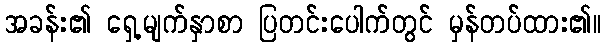
အခန်း၏ ရှေ့မျက်နှာစာ ပြတင်းပေါက်တွင် မှန်တပ်ထား၏။